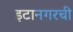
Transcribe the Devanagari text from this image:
इटानगरची